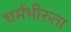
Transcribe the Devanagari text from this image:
धर्मभीरुता